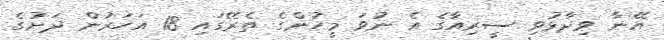
އޭނާ ވިދާޅުވި ސީރިއާގެ އެ ނުވަ މީހުންގެ ތެރޭގައި 18 އަހަރުން ދަށުގެ